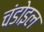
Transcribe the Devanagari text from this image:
चंडोइल